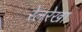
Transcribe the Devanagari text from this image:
रेलरेखा